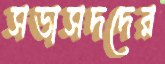
সভাসদদের